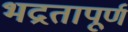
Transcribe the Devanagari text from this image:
भद्रतापूर्ण